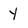
Character: Y